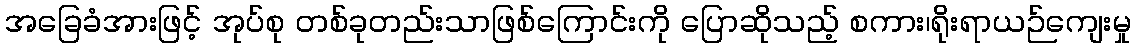
အခြေခံအားဖြင့် အုပ်စု တစ်ခုတည်းသာဖြစ်ကြောင်းကို ပြောဆိုသည့် စကား၊ရိုးရာယဉ်ကျေးမှု